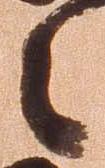
之